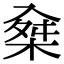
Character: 𣔕